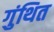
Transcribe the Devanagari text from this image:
गुंथित